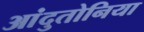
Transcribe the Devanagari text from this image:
आंदुतोनिया